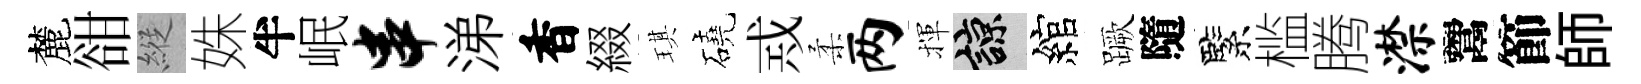
麓𧮳縱姝半岷串涕香綴琪磽𢦶柔两揮諒綰蹶隨緊槛腾潸鬻節師